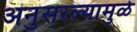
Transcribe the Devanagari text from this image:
अनुसरल्यामुळे